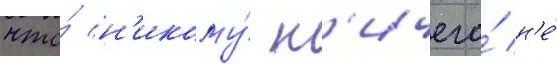
что́ н'икому́ н'ичего́ н'е́